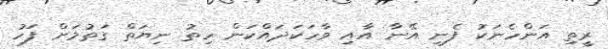
ރީތި އަންހެނަކު ފެނި އޭނާ އާއި ވާހަކަދައްކަން ހިތު ނިޔަތް ގަތުމަށް ފަހު